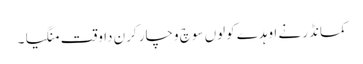
کمانڈر نے اوہدے کولوں سوچ وچار کرن دا وقت منگیا ۔